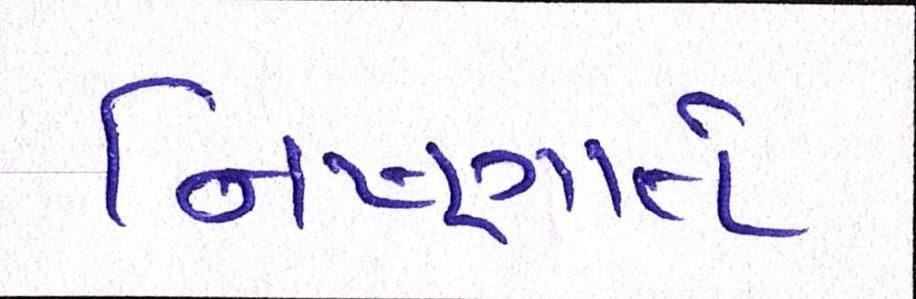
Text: નિષ્ણાતે